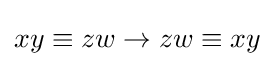
xy\equiv zw\rightarrow zw\equiv xy